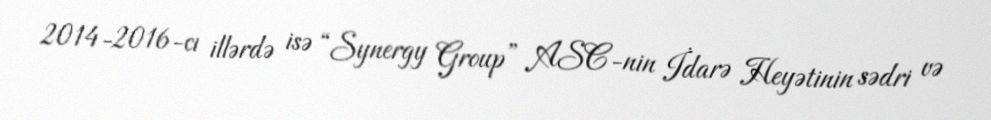
2014-2016-cı illərdə isə “Synergy Group” ASC-nin İdarə Heyətinin sədri və